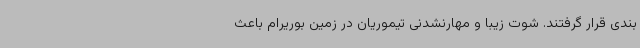
بندی قرار گرفتند. شوت زیبا و مهارنشدنی تیموریان در زمین بوریرام باعث